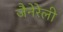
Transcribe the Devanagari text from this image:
जैनेरेली